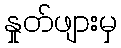
နှုတ်ဖျားမှ